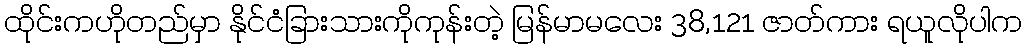
ထိုင်းကဟိုတည်မှာ နိုင်ငံခြားသားကိုကုန်းတဲ့ မြန်မာမလေး 38,121 ဇာတ်ကား ရယူလိုပါက